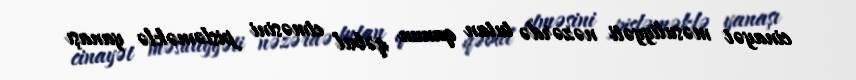
cinayət məsuliyyəti nəzərdə tutan qanun qəbul etməsini pisləməklə yanaşı